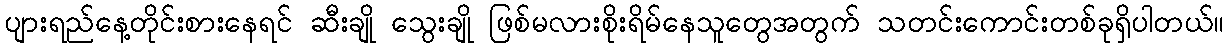
ပျားရည်နေ့တိုင်းစားနေရင် ဆီးချို သွေးချို ဖြစ်မလားစိုးရိမ်နေသူတွေအတွက် သတင်းကောင်းတစ်ခုရှိပါတယ်။